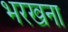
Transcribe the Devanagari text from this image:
भरखना